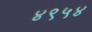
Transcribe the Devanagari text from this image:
४९५४